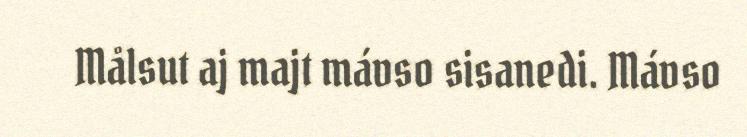
Målsut aj majt mávso sisanedi. Mávso